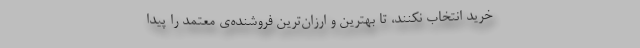
خرید انتخاب نکنند، تا بهترین و ارزان‌ترین فروشنده‌ی معتمد را پیدا